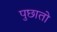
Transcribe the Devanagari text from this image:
पुछातो